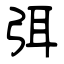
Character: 弭